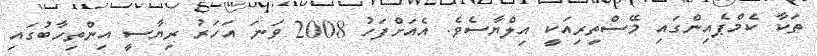
ތަކާ ކެމްޕެއިންގައި މޭސްތިރިއަކީ އިލްޔާސެވެ. އެއަށްފަހު 2008 ވަނަ އަހަރު ރިޔާސީ އިންތިހާބުގައި